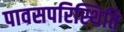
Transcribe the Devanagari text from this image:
पावसपरिस्थिति